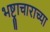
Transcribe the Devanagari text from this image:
भष्ट्राचाराच्या